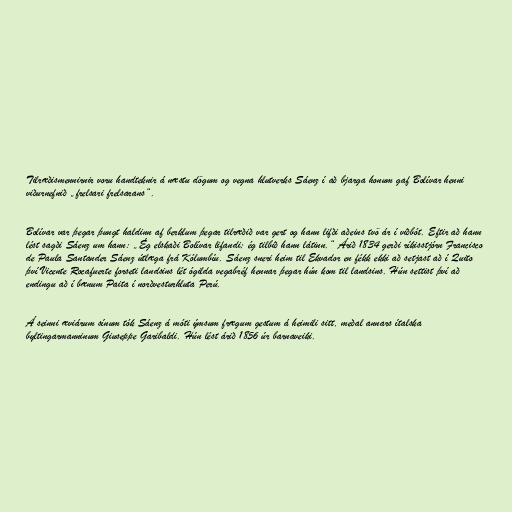
Tilræðismennirnir voru handteknir á næstu dögum og vegna hlutverks Sáenz í að bjarga honum gaf Bolívar henni
viðurnefnið „frelsari frelsarans“.

Bolívar var þegar þungt haldinn af berklum þegar tilræðið var gert og hann lifði aðeins tvö ár í viðbót. Eftir að hann
lést sagði Sáenz um hann: „Ég elskaði Bolívar lifandi; ég tilbið hann látinn.“ Árið 1834 gerði ríkisstjórn Francisco
de Paula Santander Sáenz útlæga frá Kólumbíu. Sáenz sneri heim til Ekvador en fékk ekki að setjast að í Quito
því Vicente Rocafuerte forseti landsins lét ógilda vegabréf hennar þegar hún kom til landsins. Hún settist því að
endingu að í bænum Paita í norðvesturhluta Perú.

Á seinni æviárum sínum tók Sáenz á móti ýmsum frægum gestum á heimili sitt, meðal annars ítalska
byltingarmanninum Giuseppe Garibaldi. Hún lést árið 1856 úr barnaveiki.